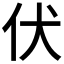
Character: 伏